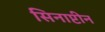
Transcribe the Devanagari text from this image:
सिनाप्टीन